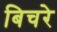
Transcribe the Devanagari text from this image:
बिचरे